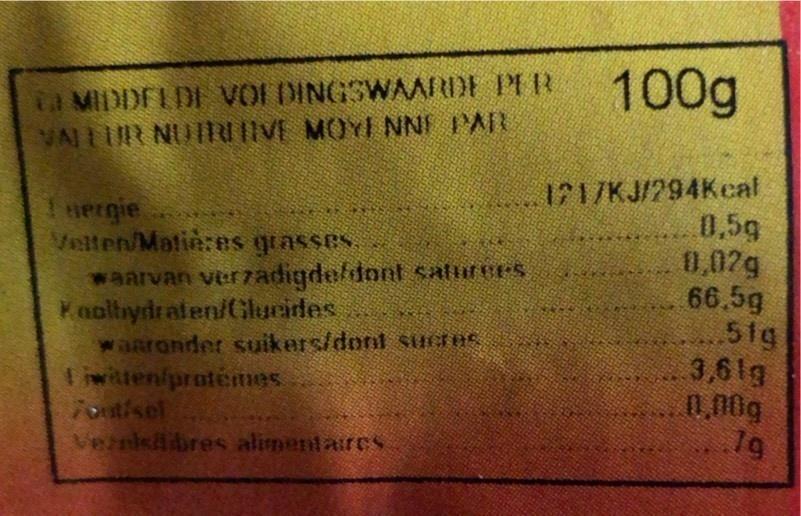
ta MIDDFLDI VOI DINGSWAARDE PER VAILUR NUIRUIVE MOYI NNI IAR
100g
1 nergie Velten/Matie:es grasses waarvan verz7adigdeldont saturers Kaoltydrafen/(Glucides aaronder suikers/dont sucros. Iiwittenipratemes 7ont/sel Vernklbres alimentairCs
1717KJ/294Kcal 0,5g 0,02g 66.5g 51g 3,61g 0,00g 19